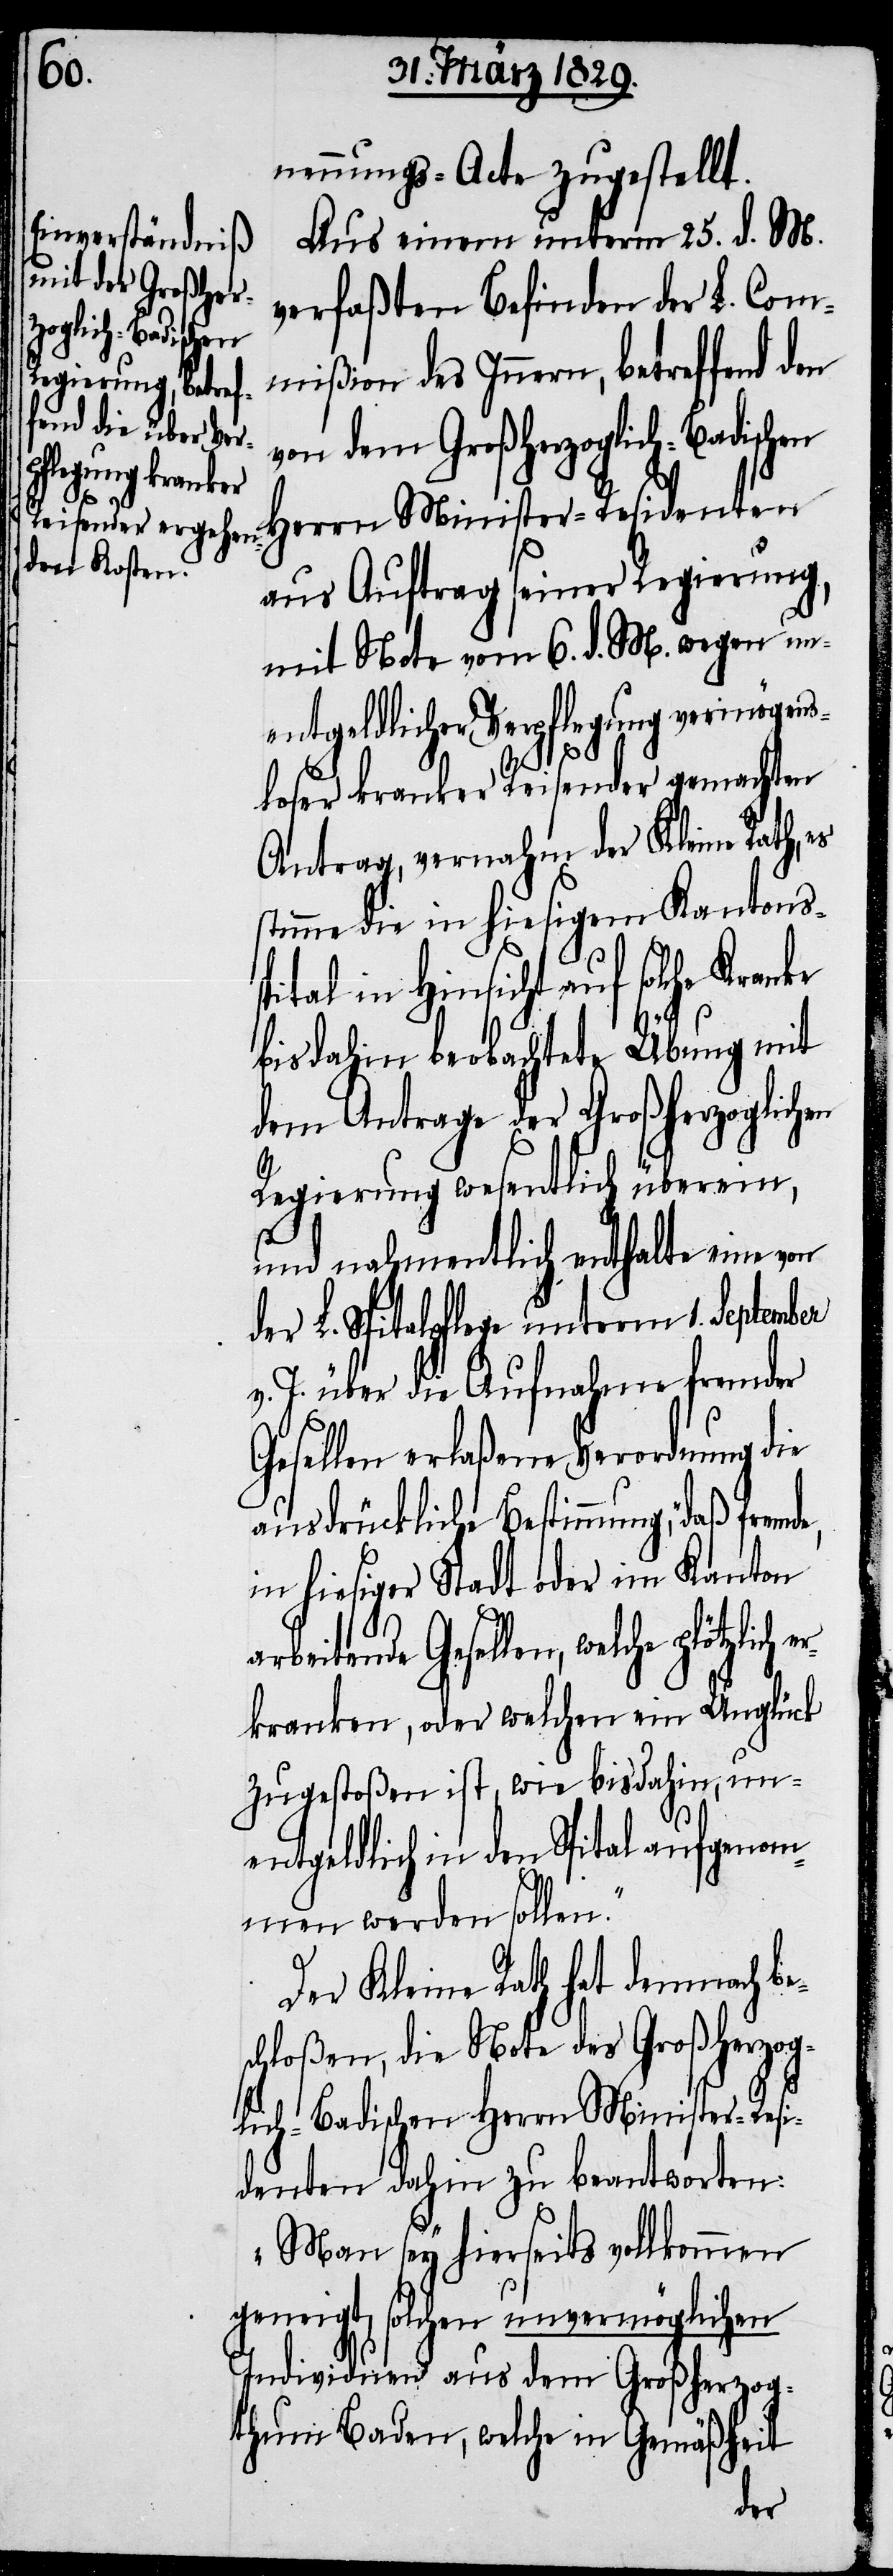
s¬

nennungs-Acte zugestellt.
Aus einem unterm 25. d M.
verfaßten Befinden der L. Com¬
mißion des Innern, betreffend den
von dem Großherzoglich-Badischen
Herrn Minister-Residenten
aus Auftrag seiner Regierung,
mit Note vom 6. d. M. wegen un¬
entgeldlicher Verpflegung vermögens¬
loser kranker Reisender gemachten
Antrag, vernahm der Kleine Rath, es
stimme die in hiesigem Kantons¬
pital in Hinsicht auf solche
bis dahin beobachtete Übung mit
dem Antrage der Großherzoglichen
Regierung wesentlich überein,
und nahmentlich enthalte eine von
der L. Spitalpflege unterm 1. September
v. J. über die Aufnahme fremder
Gesellen erlaßene Verordnung die
ausdrückliche Bestimmung, „daß frem¬
in hiesiger Stadt oder im Kanton
arbeitende Gesellen, welche plötzlich
erkranken, oder welchen ein Unglück
zugestoßen ist, wie bisdahin, un¬
entgeldlich in den Spital aufgenom¬
men werden sollen.“
Der Kleine Rath hat demnach be¬
schloßen, die Note des Großherzog¬
lich-Badischen Herrn Minister-Resi¬
denten dahin zu beantworten:
„Man sey hierseits vollkommen
geneigt, solchen unvermöglichen
Individuen aus dem Großherzog¬
thum Baden, welche in Gemäßheit
de,